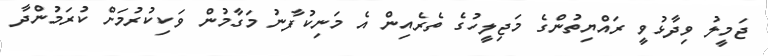
ޖަމީލު ވިދާޅުވީ ރައްޔިތުންގެ މަޖިލީހުގެ ތެރެއިން އެ މަނިކުފާނު މަގާމުން ވަކިކުރުމަށް ކުރަމުންދާ